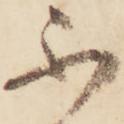
不